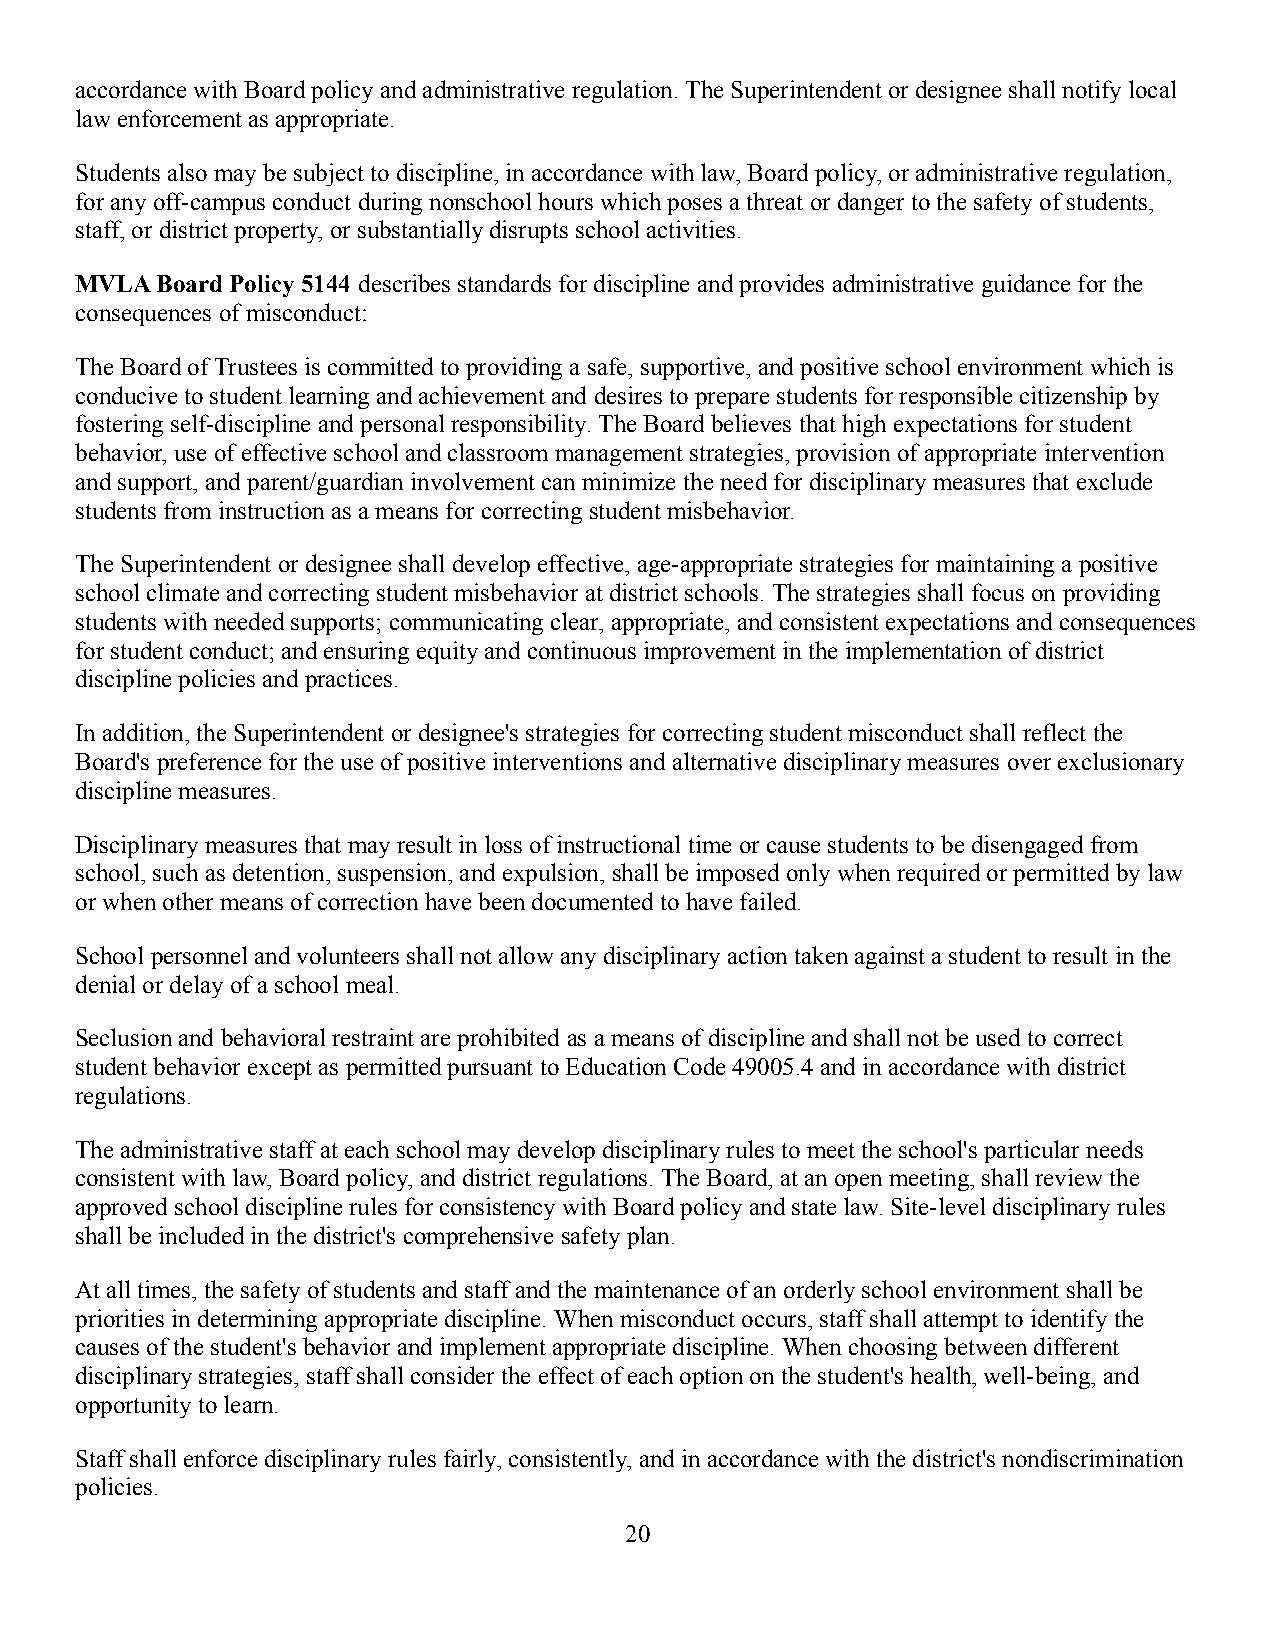
accordance with Board policy and administrative regulation. The Superintendent or designee shall notify local
 law enforcement as appropriate.
 Students also may be subject to discipline, in accordance with law, Board policy, or administrative regulation,
 for any off-campus conduct during nonschool hours which poses a threat or danger to the safety of students,
 staff, or district property, or substantially disrupts school activities.
 MVLA Board Policy 5144 describes standards for discipline and provides administrative guidance for the
 consequences of misconduct:
 The Board of Trustees is committed to providing a safe, supportive, and positive school environment which is
 conducive to student learning and achievement anddesires to prepare students for responsible citizenshipby
 fostering self-discipline and personal responsibility.The Board believes that high expectations for student
 behavior, use of effective school and classroom management strategies, provision of appropriate intervention
 and support, and parent/guardian involvement can minimizethe need for disciplinary measures that exclude
 students from instruction as a means for correcting student misbehavior.
 The Superintendent or designee shall develop effective, age-appropriate strategies for maintaining a positive
 school climate and correcting student misbehaviorat district schools. The strategies shall focus on providing
 students with needed supports; communicating clear,appropriate, and consistent expectations and consequences
 for student conduct; and ensuring equity and continuous improvement in the implementation of district
 discipline policies and practices.
 In addition, the Superintendent or designee's strategies for correcting student misconduct shall reflect the
 Board's preference for the use of positive interventions and alternative disciplinary measures over exclusionary
 discipline measures.
 Disciplinary measures that may result in loss of instructional time or cause students to be disengaged from
 school, such as detention, suspension, and expulsion, shall be imposed only when required or permittedby law
 or when other means of correction have been documented to have failed.
 School personnel and volunteers shall not allow any disciplinary action taken against a student to resultin the
 denial or delay of a school meal.
 Seclusion and behavioral restraint are prohibitedas a means of discipline and shall not be used to correct
 student behavior except as permitted pursuant to EducationCode 49005.4 and in accordance with district
 regulations.
 The administrative staff at each school may develop disciplinary rules to meet the school's particularneeds
 consistent with law, Board policy, and district regulations.The Board, at an open meeting, shall review the
 approved school discipline rules for consistency with Board policy and state law. Site-level disciplinaryrules
 shall be included in the district's comprehensive safety plan.
 At all times, the safety of students and staff and the maintenance of an orderly school environmentshall be
 priorities in determining appropriate discipline. When misconduct occurs, staff shall attempt to identify the
 causes of the student's behavior and implement appropriatediscipline. When choosing between different
 disciplinary strategies, staff shall consider theeffect of each option on the student's health, well-being,and
 opportunity to learn.
 Staff shall enforce disciplinary rules fairly, consistently, and in accordance with the district's nondiscrimination
 policies.
 20